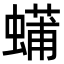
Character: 𮔴